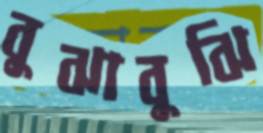
বুঝাবুঝি